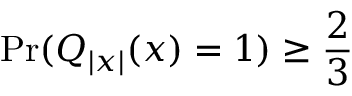
\mathrm { P r } ( Q _ { | x | } ( x ) = 1 ) \geq { \frac { 2 } { 3 } }